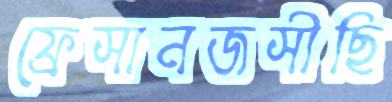
ফ্রেসানজসীছি